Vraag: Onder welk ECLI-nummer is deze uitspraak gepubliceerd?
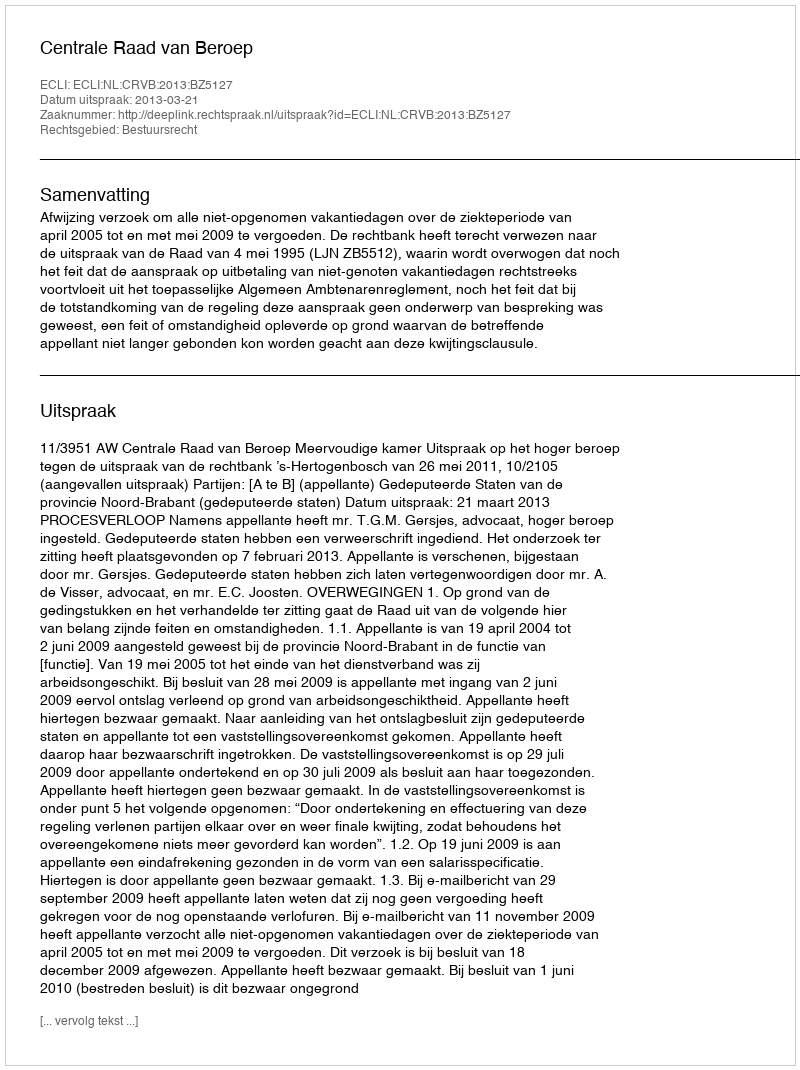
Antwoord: ECLI:NL:CRVB:2013:BZ5127